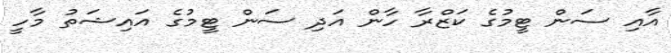
އާއި ސަން ޓީމުގެ ކަޒްރާ ހާން އަދި ސަން ޓީމުގެ އައިޝަތު މާހީ